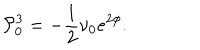
{ \cal P } _ { 0 } ^ { 3 } = - \frac { 1 } { 2 } \nu _ { 0 } e ^ { 2 \phi } .